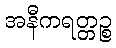
အနီကရတ္တဉ္စ